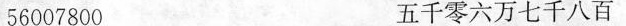
56007800 五千零六万七千八百